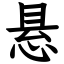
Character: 悬